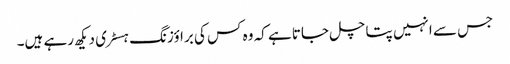
جس سے انہیں پتا چل جاتا ہے کہ وہ کس کی براؤزنگ ہسٹری دیکھ رہے ہیں۔